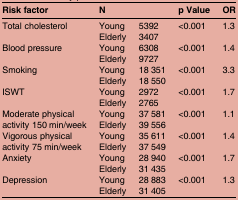
| Risk factor | <COLSPAN=2> N | p Value | OR |
 | --- | --- | --- | --- | --- |
 | <ROWSPAN=2> Total cholesterol | Young | 5392 | <ROWSPAN=2> <0.001 | <ROWSPAN=2> 1.3 |
 | Elderly | 3407 |
 | <ROWSPAN=2> Blood pressure | Young | 6308 | <ROWSPAN=2> <0.001 | <ROWSPAN=2> 1.4 |
 | Elderly | 9727 |
 | <ROWSPAN=2> Smoking | Young | 18 351 | <ROWSPAN=2> <0.001 | <ROWSPAN=2> 3.3 |
 | Elderly | 18 550 |
 | <ROWSPAN=2> ISWT | Young | 2972 | <ROWSPAN=2> <0.001 | <ROWSPAN=2> 1.7 |
 | Elderly | 2765 |
 | <ROWSPAN=2> Moderate physical activity 150 min/week | Young | 37 581 | <ROWSPAN=2> <0.001 | <ROWSPAN=2> 1.1 |
 | Elderly | 39 556 |
 | <ROWSPAN=2> Vigorous physical activity 75 min/week | Young | 35 611 | <ROWSPAN=2> <0.001 | <ROWSPAN=2> 1.4 |
 | Elderly | 37 549 |
 | <ROWSPAN=2> Anxiety | Young | 28 940 | <ROWSPAN=2> <0.001 | <ROWSPAN=2> 1.7 |
 | Elderly | 31 435 |
 | <ROWSPAN=2> Depression | Young | 28 883 | <ROWSPAN=2> <0.001 | <ROWSPAN=2> 1.3 |
 | Elderly | 31 405 |